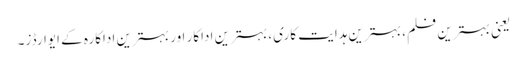
یعنی بہترین فلم، بہترین ہدایت کاری، بہترین اداکار اور بہترین اداکارہ کے ایوارڈز۔